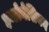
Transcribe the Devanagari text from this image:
इन्डोनेशियन